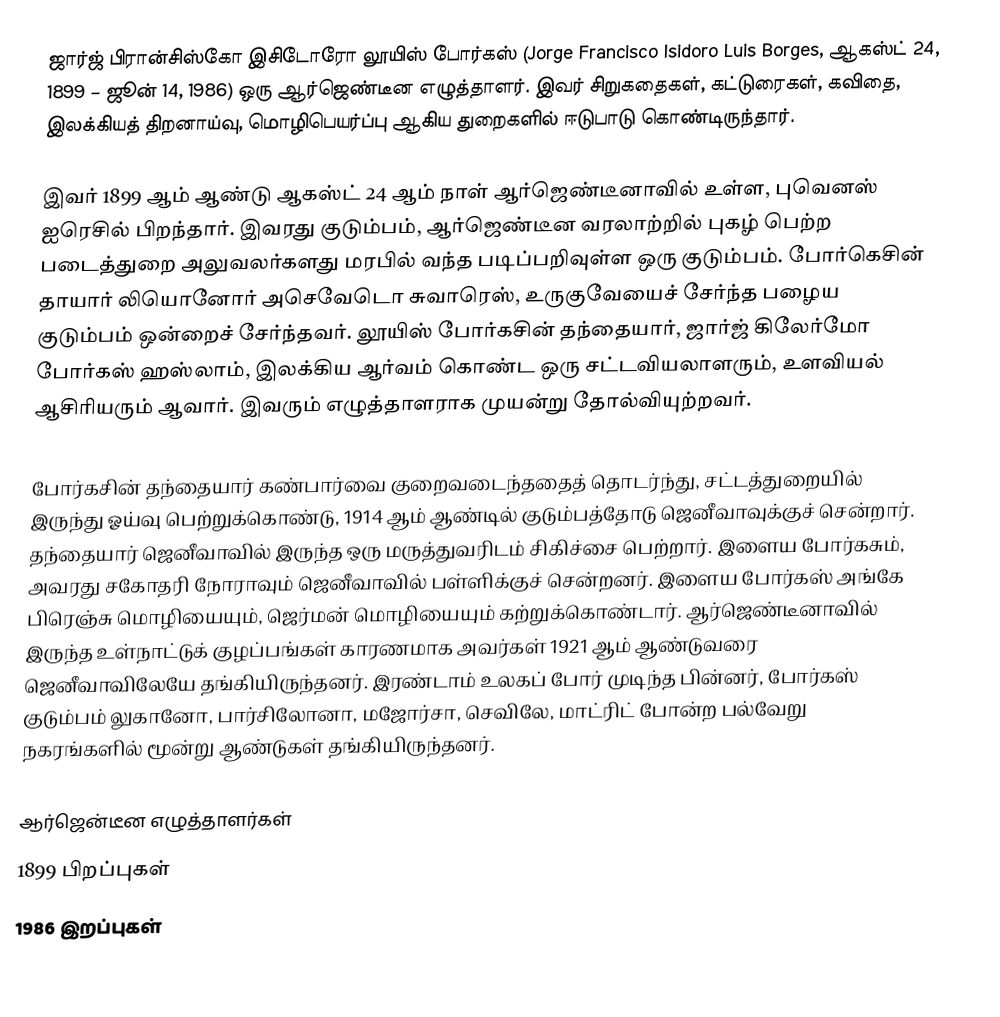
ஜார்ஜ் பிரான்சிஸ்கோ இசிடோரோ லூயிஸ் போர்கஸ் (Jorge Francisco Isidoro Luis Borges, ஆகஸ்ட் 24, 1899 – ஜூன் 14, 1986) ஒரு ஆர்ஜெண்டீன எழுத்தாளர். இவர் சிறுகதைகள், கட்டுரைகள், கவிதை, இலக்கியத் திறனாய்வு, மொழிபெயர்ப்பு ஆகிய துறைகளில் ஈடுபாடு கொண்டிருந்தார்.

இவர் 1899 ஆம் ஆண்டு ஆகஸ்ட் 24 ஆம் நாள் ஆர்ஜெண்டீனாவில் உள்ள, புவெனஸ் ஐரெசில் பிறந்தார். இவரது குடும்பம், ஆர்ஜெண்டீன வரலாற்றில் புகழ் பெற்ற படைத்துறை அலுவலர்களது மரபில் வந்த படிப்பறிவுள்ள ஒரு குடும்பம். போர்கெசின் தாயார் லியொனோர் அசெவேடொ சுவாரெஸ், உருகுவேயைச் சேர்ந்த பழைய குடும்பம் ஒன்றைச் சேர்ந்தவர். லூயிஸ் போர்கசின் தந்தையார், ஜார்ஜ் கிலேர்மோ போர்கஸ் ஹஸ்லாம், இலக்கிய ஆர்வம் கொண்ட ஒரு சட்டவியலாளரும், உளவியல் ஆசிரியரும் ஆவார். இவரும் எழுத்தாளராக முயன்று தோல்வியுற்றவர்.

போர்கசின் தந்தையார் கண்பார்வை குறைவடைந்ததைத் தொடர்ந்து, சட்டத்துறையில் இருந்து ஓய்வு பெற்றுக்கொண்டு, 1914 ஆம் ஆண்டில் குடும்பத்தோடு ஜெனீவாவுக்குச் சென்றார். தந்தையார் ஜெனீவாவில் இருந்த ஒரு மருத்துவரிடம் சிகிச்சை பெற்றார். இளைய போர்கசும், அவரது சகோதரி நோராவும் ஜெனீவாவில் பள்ளிக்குச் சென்றனர். இளைய போர்கஸ் அங்கே பிரெஞ்சு மொழியையும், ஜெர்மன் மொழியையும் கற்றுக்கொண்டார். ஆர்ஜெண்டீனாவில் இருந்த உள்நாட்டுக் குழப்பங்கள் காரணமாக அவர்கள் 1921 ஆம் ஆண்டுவரை ஜெனீவாவிலேயே தங்கியிருந்தனர். இரண்டாம் உலகப் போர் முடிந்த பின்னர், போர்கஸ் குடும்பம் லுகானோ, பார்சிலோனா, மஜோர்சா, செவிலே, மாட்ரிட் போன்ற பல்வேறு நகரங்களில் மூன்று ஆண்டுகள் தங்கியிருந்தனர்.

ஆர்ஜென்டீன எழுத்தாளர்கள்
1899 பிறப்புகள்
1986 இறப்புகள்